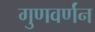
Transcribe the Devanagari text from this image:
गुणवर्णंन